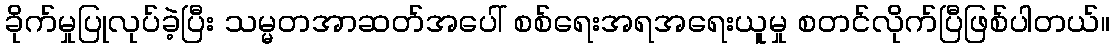
ခိုက်မှုပြုလုပ်ခဲ့ပြီး သမ္မတအာဆတ်အပေါ် စစ်ရေးအရအရေးယူမှု စတင်လိုက်ပြီဖြစ်ပါတယ်။